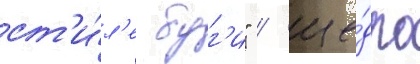
ст'и́л'е буг'и" / ще́дро